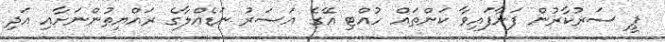
ޕީ ސަރުކާރުން ފަށާފައިވާ ކަންތައް ހުއްޓި އޭގެ އަސަރު ނަޑެއްލާގެ ރައްޔިތުންނަށާއި އަދި